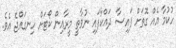
ހުކުމާ އެއް ގޮތަށް ފައިސާ ދައްކާފައި ނުވާތީ މީރާއިން ކޯޓަށް ހިނގައްޖެ އެވެ.